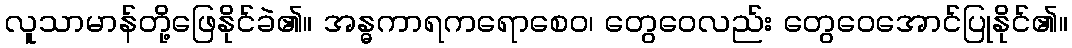
လူသာမာန်တို့ဖြေနိုင်ခဲ၏။ အန္ဓကာရကရောစေဝ၊ တွေဝေလည်း တွေဝေအောင်ပြုနိုင်၏။